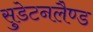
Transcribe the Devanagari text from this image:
सुडेटनलैण्ड